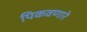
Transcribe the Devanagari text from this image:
पिकवणारे